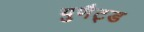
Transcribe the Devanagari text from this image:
युणैट्ड